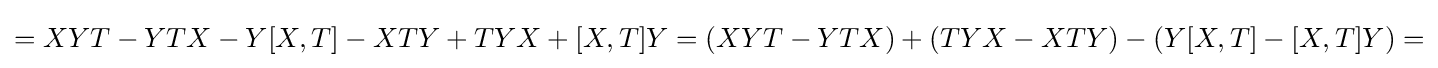
=XYT-YTX-Y[X,T]-XTY+TYX+[X,T]Y=(XYT-YTX)+(TYX-XTY)-(Y[X,T]-[X,T]Y)=